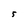
Character: 5